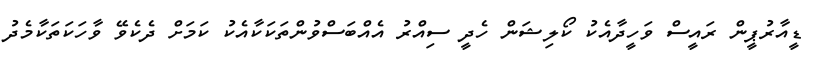
ޑީއާރުޕީން ރައީސް ވަހީދާއެކު ކޯލިޝަން ހެދީ ސިއްރު އެއްބަސްވުންތަކަކާއެކު ކަމަށް ދެކެވޭ ވާހަކަތަކާމެދު